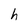
Character: h